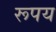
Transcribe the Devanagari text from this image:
रूपय